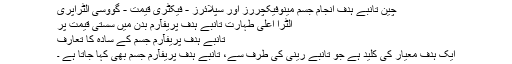
چین تانبے ہدف انجام جسم مینوفیکچررز اور سپلائرز - فیکٹری قیمت - گووسی الٹراپری
الٹرا اعلی طہارت تانبے ہدف پریفآرم بدن میں سستی قیمت پر
تانبے ہدف پریفآرم جسم کے سادہ کا تعارف
ایک ہدف معیار کی کلید ہے جو تانبے رینی کی طرف سے، تانبے ہدف پریفآرم جسم بھی کہا جاتا ہے ۔